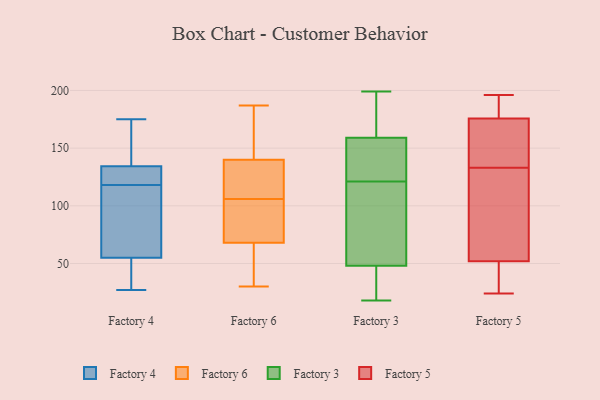
{"axis": {"x": "Active Users", "y": "Value"}, "legend": ["Factory 3", "Factory 4", "Factory 5", "Factory 6"], "data": [{"x": "", "y": 132, "type": "Factory 4"}, {"x": "", "y": 34, "type": "Factory 4"}, {"x": "", "y": 118, "type": "Factory 4"}, {"x": "", "y": 135, "type": "Factory 4"}, {"x": "", "y": 27, "type": "Factory 4"}, {"x": "", "y": 138, "type": "Factory 4"}, {"x": "", "y": 100, "type": "Factory 4"}, {"x": "", "y": 175, "type": "Factory 4"}, {"x": "", "y": 132, "type": "Factory 4"}, {"x": "", "y": 94, "type": "Factory 4"}, {"x": "", "y": 42, "type": "Factory 4"}, {"x": "", "y": 30, "type": "Factory 6"}, {"x": "", "y": 187, "type": "Factory 6"}, {"x": "", "y": 161, "type": "Factory 6"}, {"x": "", "y": 103, "type": "Factory 6"}, {"x": "", "y": 138, "type": "Factory 6"}, {"x": "", "y": 41, "type": "Factory 6"}, {"x": "", "y": 88, "type": "Factory 6"}, {"x": "", "y": 99, "type": "Factory 6"}, {"x": "", "y": 49, "type": "Factory 6"}, {"x": "", "y": 139, "type": "Factory 6"}, {"x": "", "y": 30, "type": "Factory 6"}, {"x": "", "y": 68, "type": "Factory 6"}, {"x": "", "y": 183, "type": "Factory 6"}, {"x": "", "y": 140, "type": "Factory 6"}, {"x": "", "y": 97, "type": "Factory 6"}, {"x": "", "y": 149, "type": "Factory 6"}, {"x": "", "y": 131, "type": "Factory 6"}, {"x": "", "y": 109, "type": "Factory 6"}, {"x": "", "y": 173, "type": "Factory 3"}, {"x": "", "y": 97, "type": "Factory 3"}, {"x": "", "y": 151, "type": "Factory 3"}, {"x": "", "y": 116, "type": "Factory 3"}, {"x": "", "y": 44, "type": "Factory 3"}, {"x": "", "y": 93, "type": "Factory 3"}, {"x": "", "y": 159, "type": "Factory 3"}, {"x": "", "y": 48, "type": "Factory 3"}, {"x": "", "y": 163, "type": "Factory 3"}, {"x": "", "y": 189, "type": "Factory 3"}, {"x": "", "y": 77, "type": "Factory 3"}, {"x": "", "y": 157, "type": "Factory 3"}, {"x": "", "y": 41, "type": "Factory 3"}, {"x": "", "y": 35, "type": "Factory 3"}, {"x": "", "y": 126, "type": "Factory 3"}, {"x": "", "y": 143, "type": "Factory 3"}, {"x": "", "y": 18, "type": "Factory 3"}, {"x": "", "y": 199, "type": "Factory 3"}, {"x": "", "y": 24, "type": "Factory 5"}, {"x": "", "y": 133, "type": "Factory 5"}, {"x": "", "y": 93, "type": "Factory 5"}, {"x": "", "y": 172, "type": "Factory 5"}, {"x": "", "y": 172, "type": "Factory 5"}, {"x": "", "y": 26, "type": "Factory 5"}, {"x": "", "y": 53, "type": "Factory 5"}, {"x": "", "y": 86, "type": "Factory 5"}, {"x": "", "y": 193, "type": "Factory 5"}, {"x": "", "y": 92, "type": "Factory 5"}, {"x": "", "y": 138, "type": "Factory 5"}, {"x": "", "y": 157, "type": "Factory 5"}, {"x": "", "y": 196, "type": "Factory 5"}, {"x": "", "y": 191, "type": "Factory 5"}, {"x": "", "y": 45, "type": "Factory 5"}, {"x": "", "y": 49, "type": "Factory 5"}, {"x": "", "y": 187, "type": "Factory 5"}]}